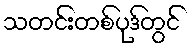
သတင်းတစ်ပုဒ်တွင်